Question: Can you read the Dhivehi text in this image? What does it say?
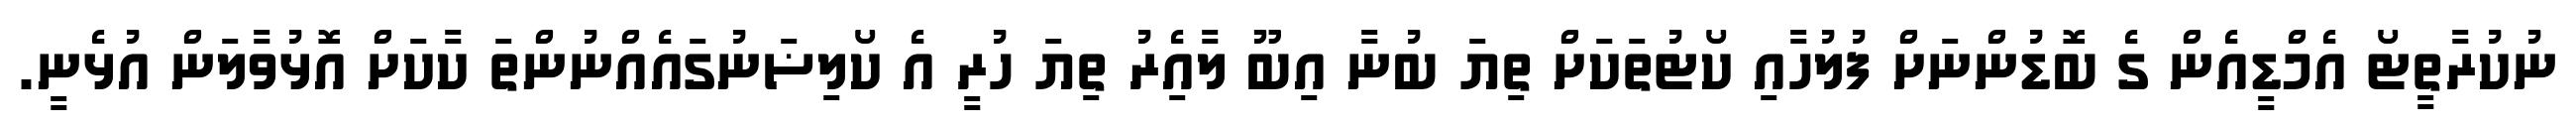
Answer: ނުކުރާތީޓޯ އެމްޑީއެން ގެ ބޮޑުންނަށް ފުލުހާއި ކޯޓުތަކަށް ތިޔަ ބުނާ އިބޫ ލާއެިރު ތިޔަ ހުރީ އެ ކޯލިޟަނުގައެއްނުންތަ ކާކަށް އޮޅުވާލަން އުޅެނީ.